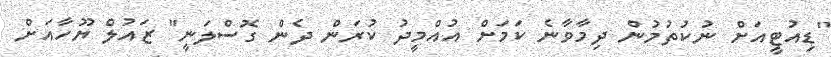
"ޑިއުޓީއަށް ނުކުތުމުން ދިމާވާނެ ކަމަށް އުއްމީދު ކުރަން ދެން ގޮސްލަނީ" ޒައުލް ޔޫހާއަށް